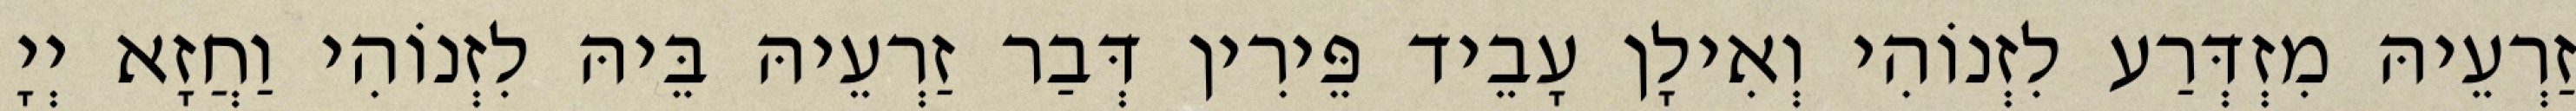
זַרְעֵיהּ מִזְדְּרַע לִזְנוֹהִי וְאִילָן עָבֵיד פֵּירִין דְּבַר זַרְעֵיהּ בֵּיהּ לִזְנוֹהִי וַחֲזָא יְיָ